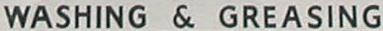
WASHING & GREASING